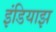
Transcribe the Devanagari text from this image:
इंडियाझ